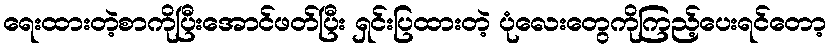
ရေးထားတဲ့စာကိုပြီးအောင်ဖတ်ပြီး ရှင်းပြထားတဲ့ ပုံလေးတွေကိုကြည့်ပေးရင်တော့